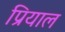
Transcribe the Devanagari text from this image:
प्रियाल